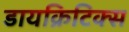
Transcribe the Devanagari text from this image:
डायक्रिटिक्स